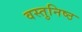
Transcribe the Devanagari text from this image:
वस्‍तुनिष्‍ठ